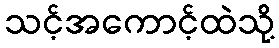
သင့်အကောင့်ထဲသို့